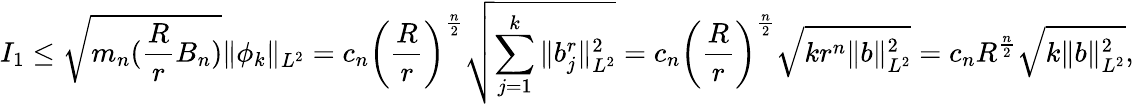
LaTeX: I_{1}\leq\sqrt{m_{n}(\frac{R}{r}B_{n})}\| \phi_{k}\| _{L^{2}}=c_{n}\left(\frac{R}{r}\right)^{\frac{n}{2}}\sqrt{\sum_{j=1}^{k}\| b_{j}^{r}\| _{L^{2}}^{2}}=c_{n}\left(\frac{R}{r}\right)^{\frac{n}{2}}\sqrt{kr^{n}\| b\| _{L^{2}}^{2}}=c_{n}R^{\frac{n}{2}}\sqrt{k\| b\| _{L^{2}}^{2}},